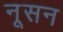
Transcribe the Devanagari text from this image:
नूसन